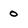
Character: 0